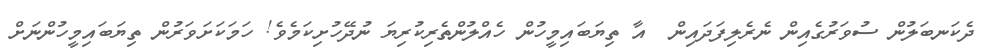
ދެކަނބަލުން ސުވަރުގެއިން ނެރެލިފަދައިން  އާ ތިޔަބައިމީހުން ހެއްލުންތެރިކުރިޔަ ނުދޭހުށިކަމެވެ! ހަމަކަށަވަރުން ތިޔަބައިމީހުންނަށް